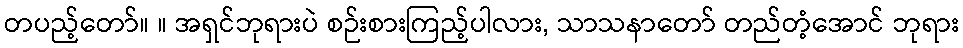
တပည့်တော်။ ။ အရှင်ဘုရားပဲ စဉ်းစားကြည့်ပါလား, သာသနာတော် တည်တံ့အောင် ဘုရား